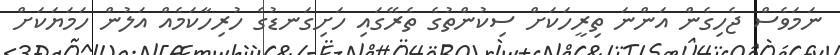
ނަމަވެސް ޖެހިގެން އަންނަ ތިރީހަކަށް ސިކުންތުގެ ތެރޭގައި ހަށިގަނޑުގެ ހުރިހާކަމެއް އަލުން ހަމަޔަކަށް